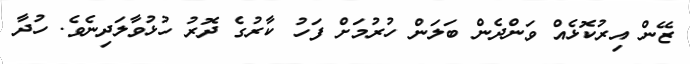
ޒޭން އިރުކޮޅެއް ވަންދެން ބަލަން ހުރުމަށް ފަހު ކާރުގެ ދޮރު ހުޅުވާލަދިނެވެ. ހުދާ